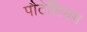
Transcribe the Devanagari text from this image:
पौटेशियम